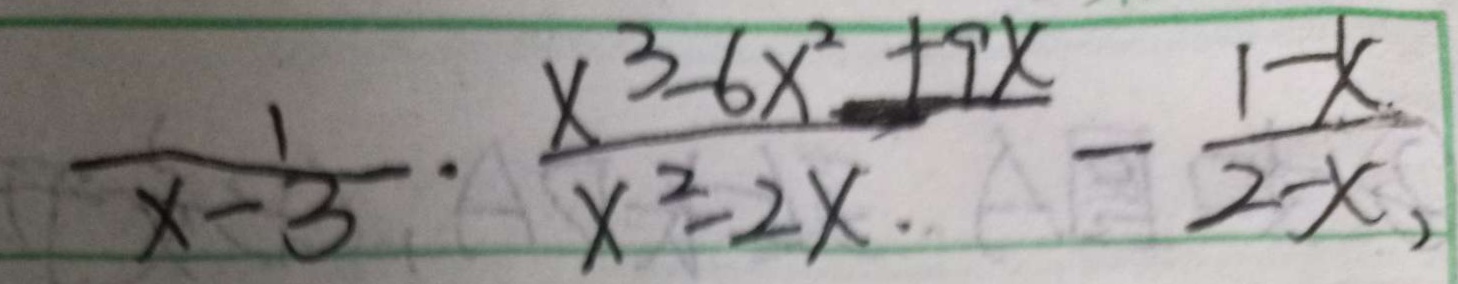
\frac { 1 } { x - 3 } \cdot \frac { x ^ { 3 } - 6 x ^ { 2 } + 9 x } { x ^ { 2 } - 2 x . } - \frac { 1 - x . } { 2 - x } ,